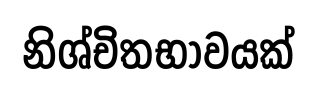
නිශ්චිතභාවයක්